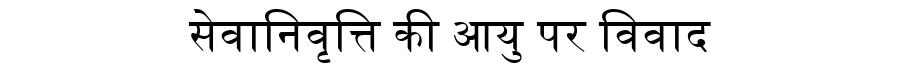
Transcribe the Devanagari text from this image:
सेवानिवृत्ति की आयु पर विवाद